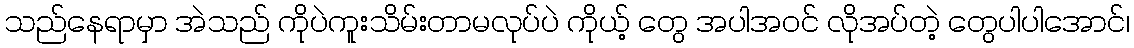
သည်နေရာမှာ အဲသည် ကိုပဲကူးသိမ်းတာမလုပ်ပဲ ကိုယ့် တွေ အပါအဝင် လိုအပ်တဲ့ တွေပါပါအောင်၊